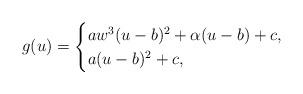
LaTeX: \begin{align*} \begin{aligned} g(u)= \begin{cases} aw^3(u-b)^2+\alpha(u-b) +c, & \\ a(u-b)^2+c, & \end{cases} \end{aligned} \end{align*}